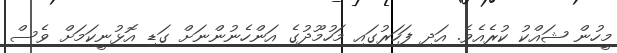
މީހުން ޝައްކު ކުރެއެވެ. އަދި ފަހަރުގައި މަހުމޫދުގެ އަންހެނުންނަށް ގަޑި އޮޅުނީކަމަށް ވެސް